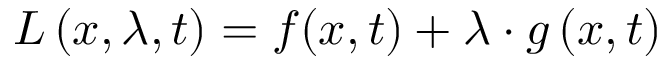
L \left( x , \lambda , t \right) = f ( x , t ) + \lambda \cdot g \left( x , t \right)